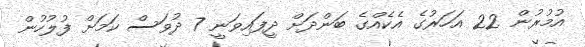
އުމުރުން 22 އަހަރުގެ އެކެއްގެ ބަންދަށް ދީފައިވަނީ 7 ދުވަސް ކަމަށް ފުލުހުން